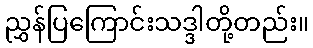
ညွှန်ပြကြောင်းသဒ္ဒါတို့တည်း။